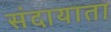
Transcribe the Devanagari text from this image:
संदायाता